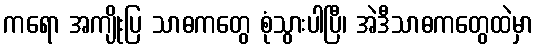
ကရော အကျိုးပြ သာဓကတွေ စုံသွားပါပြီ၊ အဲဒီသာဓကတွေထဲမှာ